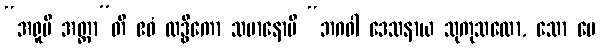
“အရူပီ အတ္တာ”တိ ဧဝံ လဒ္ဓိကော သမာနောပိ “ဘဂဝါ ဒေသနာယ သုကုသလော, သော မေ